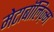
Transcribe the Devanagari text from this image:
मेटाबॉलिज़्म